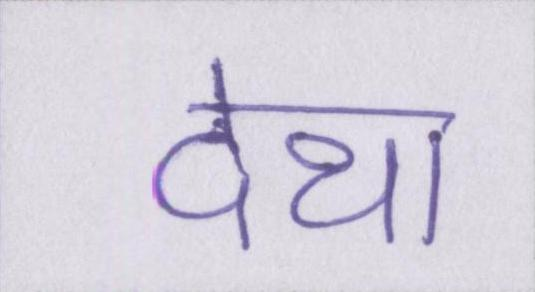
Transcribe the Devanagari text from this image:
देथा